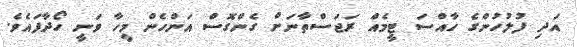
އަދި ފުލުހުންގެ ހާއްސަ ޓީމެއް ރަޖަސްތާނަށް ގެންގޮސް އަންހެން މީހާ ވަނީ ހޯދާފައެވެ.